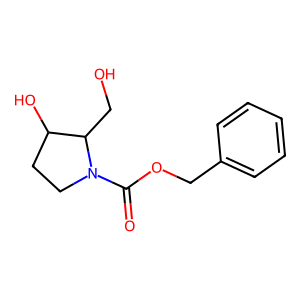
SMILES: O=C(OCc1ccccc1)N1CCC(O)C1CO
Inhibits HIV replication: No